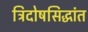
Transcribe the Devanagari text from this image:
त्रिदोषसिद्धांत